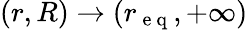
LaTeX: (r,R)\to(r_{\mathrm{~e~q~}},+\infty)